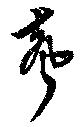
声